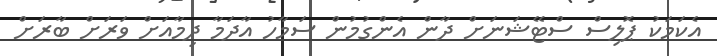
އެކަމަކު ޕޮލިސް ސްޓޭޝަނަށް ދާން އެންގުމުން ސަމާހު އާދަމާ ދިމާއަށް ވަރަށް ބާރަށް